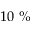
1 0 ~ \%